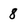
Character: 8